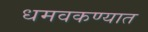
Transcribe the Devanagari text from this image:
धमवकण्यात